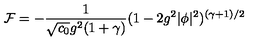
{ \cal F } = - { \frac { 1 } { \sqrt { c _ { 0 } } g ^ { 2 } ( 1 + \gamma ) } } ( 1 - 2 g ^ { 2 } | \phi | ^ { 2 } ) ^ { ( \gamma + 1 ) / 2 }